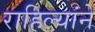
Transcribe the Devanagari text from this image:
राहिल्यांने